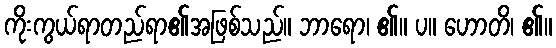
ကိုးကွယ်ရာတည်ရာ၏အဖြစ်သည်။ ဘာရော၊ ၏။ ပ။ ဟောတိ၊ ၏။